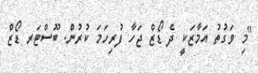
"މި ވަގުތު އަމާޒަކީ ދެ ޑޯޒް ޖަހާ ފުރިހަމަ ކުރުން. ބޫސްޓަރ ޑޯޒް